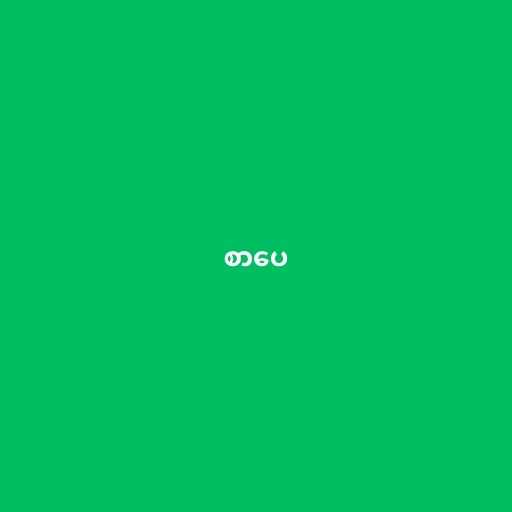
စာပေ